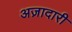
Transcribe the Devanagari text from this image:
अज़ादारी